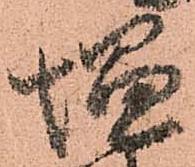
塩